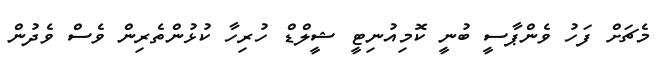
މެޗަށް ފަހު ވެންޕާސީ ބުނީ ކޮމިއުނިޓީ ޝީލްޑް ހުރިހާ ކުޅުންތެރިން ވެސް ވެދުން